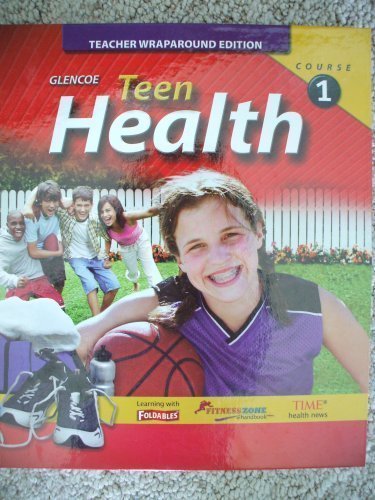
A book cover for Teen Health: Course 1; McGraw Hill Glencoe; Health, Fitness & Dieting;